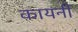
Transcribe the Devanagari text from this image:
कायनी